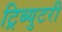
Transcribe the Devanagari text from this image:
ट्रिब्युटरी